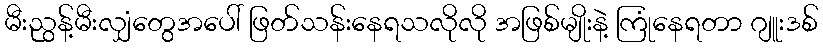
မီးညွန့်မီးလျှံတွေအပေါ် ဖြတ်သန်းနေရသလိုလို အဖြစ်မျိုးနဲ့ ကြုံနေရတာ ဂျူးဒစ်